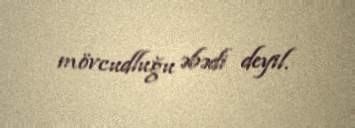
mövcudluğu əbədi deyil.